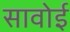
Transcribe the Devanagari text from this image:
सावोई